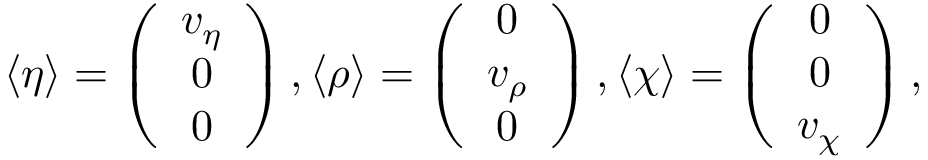
\langle \eta \rangle = \left( \begin{array} { c } { { v _ { \eta } } } \\ { { 0 } } \\ { { 0 } } \end{array} \right) , \langle \rho \rangle = \left( \begin{array} { c } { { 0 } } \\ { { v _ { \rho } } } \\ { { 0 } } \end{array} \right) , \langle \chi \rangle = \left( \begin{array} { c } { { 0 } } \\ { { 0 } } \\ { { v _ { \chi } } } \end{array} \right) ,